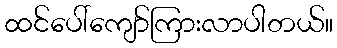
ထင်ပေါ်ကျော်ကြားလာပါတယ်။